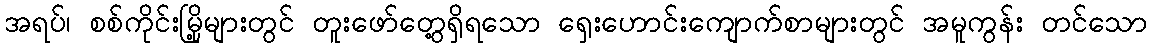
အရပ်၊ စစ်ကိုင်းမြို့များတွင် တူးဖော်တွေ့ရှိရသော ရှေးဟောင်းကျောက်စာများတွင် အမူကွန်း တင်သော